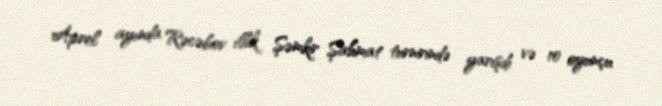
Aprel ayında Rəcəbov illik Şəmkir Şahmat turnirində yarışdı və 10 oyunçu